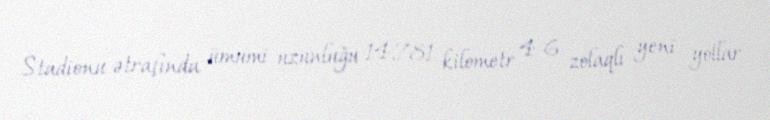
Stadionu ətrafında ümumi uzunluğu 14,781 kilometr 4-6 zolaqlı yeni yollar